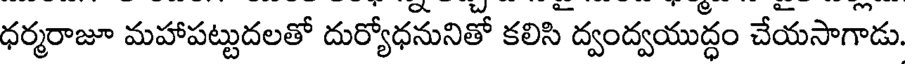
ధర్మరాజూ మహాపట్టుదలతో దుర్యోధనునితో కలిసి ద్వంద్వయుద్ధం చేయసాగాడు.